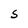
Character: S